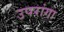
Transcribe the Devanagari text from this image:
उपरांगा